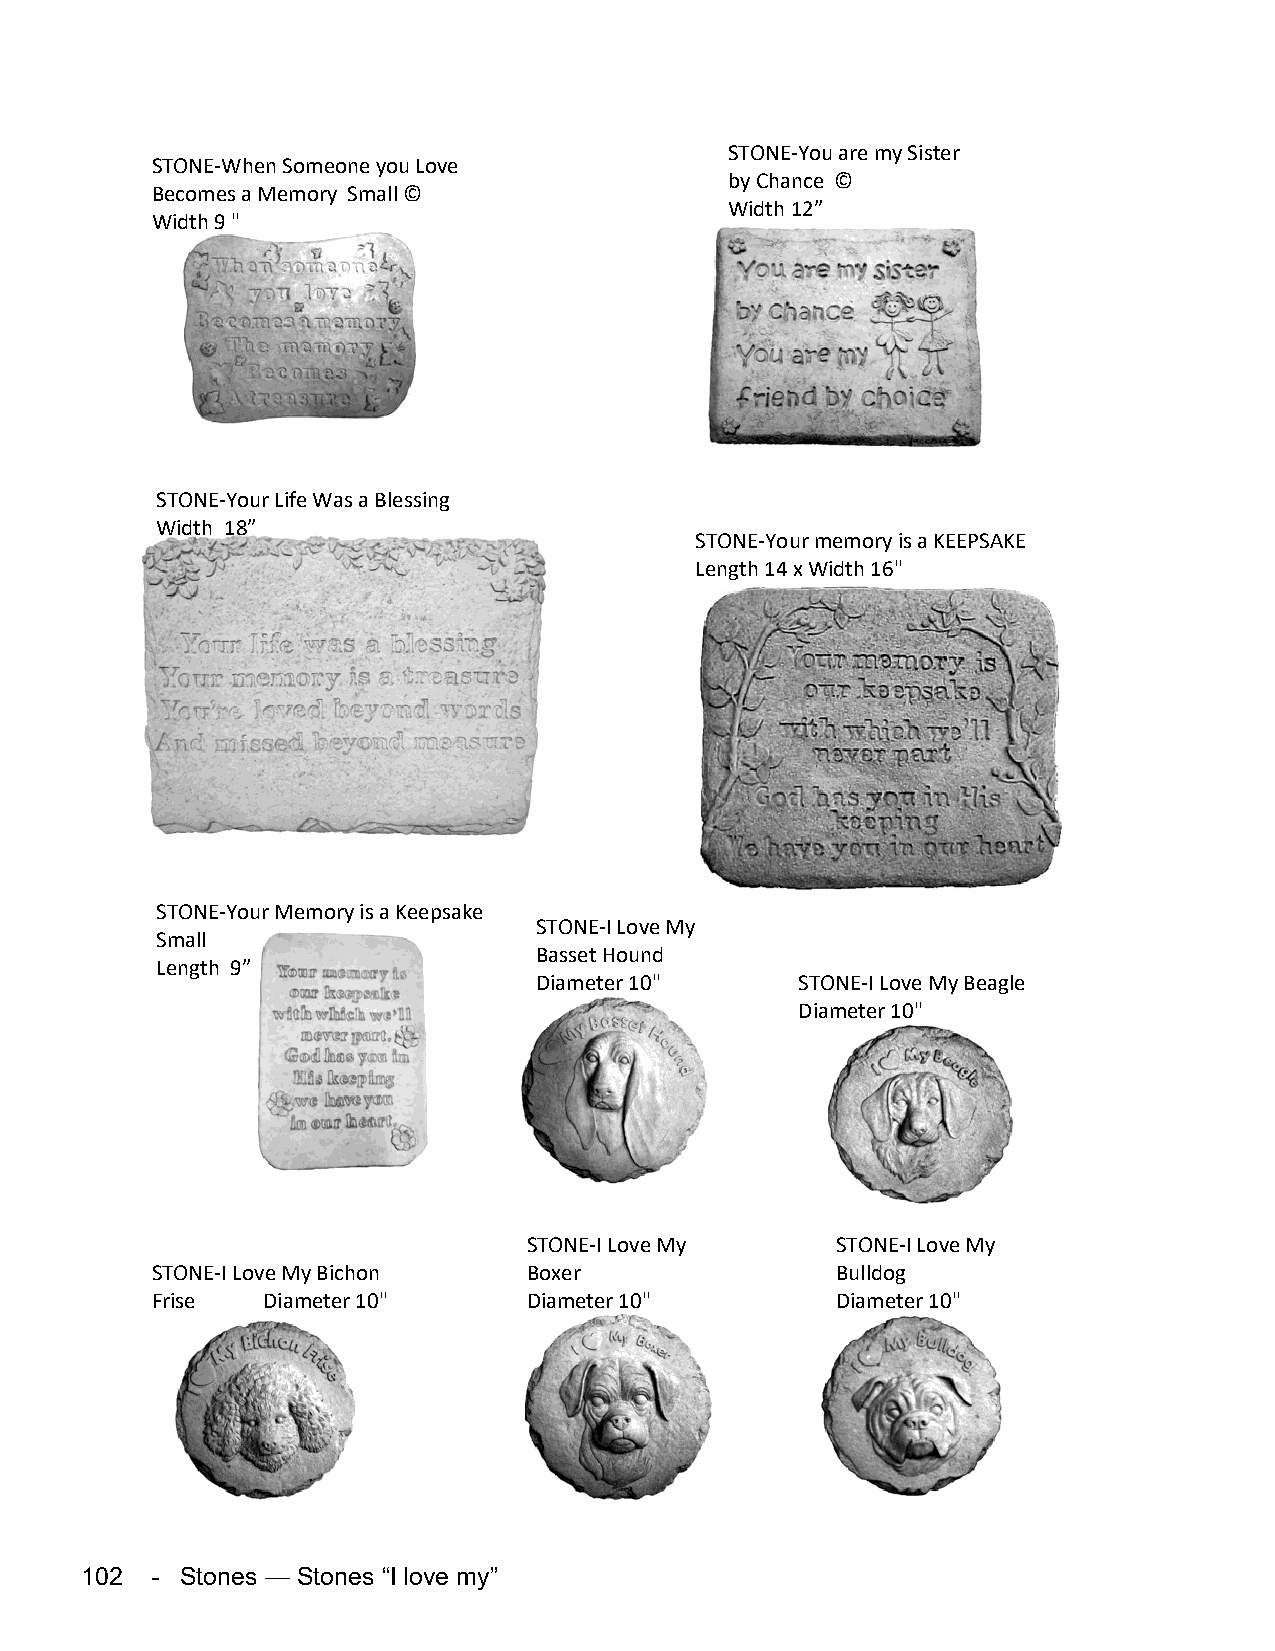
STONE-You are my Sister
 STONE-When Someone you Love
 by Chance ©
 Becomes a Memory Small ©
 Width 12”
 Width 9 "
 STONE-Your Life Was a Blessing
 Width 18”
 STONE-Your memory is a KEEPSAKE
 Length 14 x Width 16"
 STONE-Your Memory is a Keepsake
 STONE-I Love My
 Small
 Basset Hound
 Length 9”
 Diameter 10"      STONE-I Love My Beagle
 Diameter 10"
 STONE-I Love My     STONE-I Love My
 STONE-I Love My Bichon   Boxer               Bulldog
 Frise  Diameter 10"      Diameter 10"        Diameter 10"
 102  - Stones — Stones “I love my”